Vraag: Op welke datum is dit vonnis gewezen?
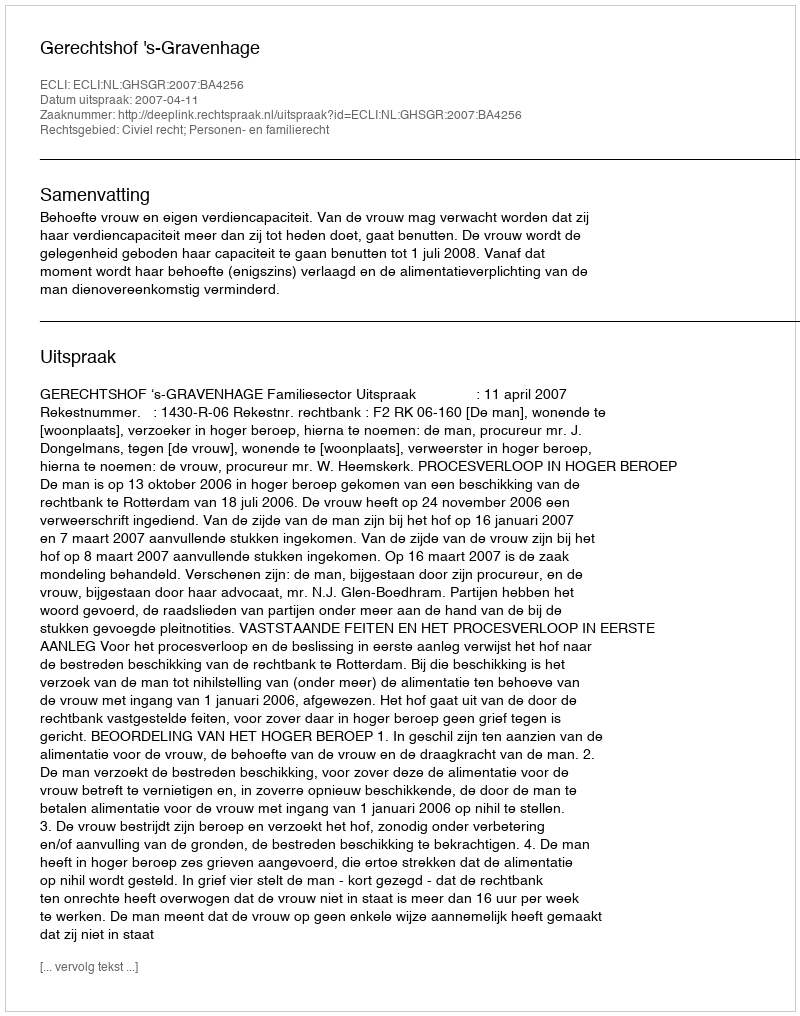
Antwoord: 2007-04-11